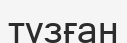
тузған